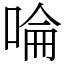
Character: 㖮